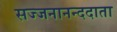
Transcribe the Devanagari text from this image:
सज्जनानन्ददाता